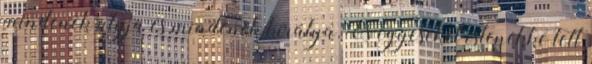
mindenek atyja és mindenek királya. És egyeseket istenekké tett